Indian journal of veterinary science and animal husbandry - Volumes 22-23, 1952-1953
Year: 1952
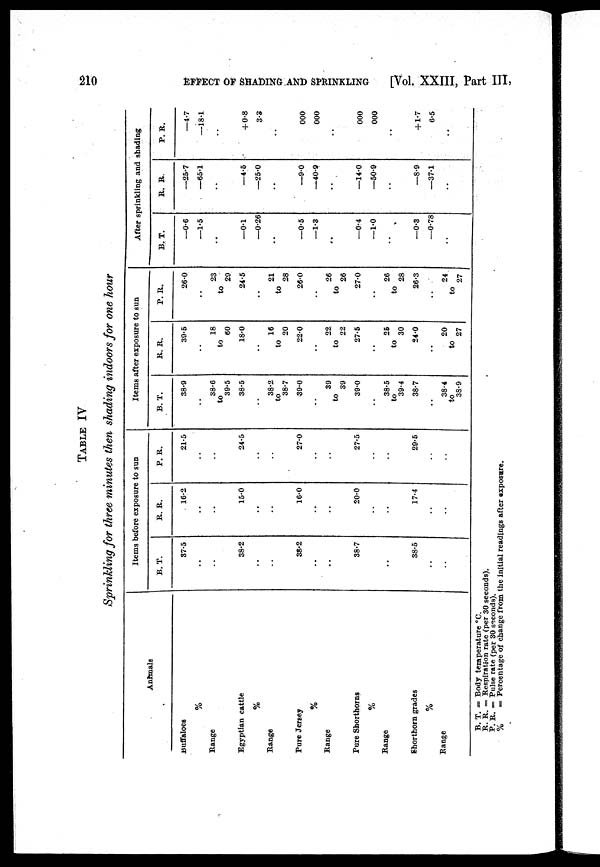
210
EFFECT OF SHADING AND SPRINKLING
[Vol. XXIII, Part III,
TABLE IV
Sprinkling for three minutes then shading indoors for one hour
Animals
Buffaloes
%
Range
Egyptian cattle
%
Range
Pure Jersey
%
Range
Pure Shorthorns
%
Range
Shorthorn grades
%
Range
Items before exposure to sun
B. T.
37.5
..
..
38.2
..
..
38.2
..
..
38.7
...
..
38.5
..
..
R. R.
16.2
..
..
15.0
..
..
16.0
..
..
20.0
..
..
17.4
..
..
P. R.
21.5
..
..
24.5
..
..
27.0
..
..
27.5
..
..
29.5
..
..
Items after exposure to sun
B. T.
38.9
..
38.6
to
39.5
38.5
..
38.2
to
38.7
39.0
..
39
to
39
39.0
..
38.5
to
39.4
38.7
..
38.4
to
38.9
R. R.
39.5
..
18
to
60
18.0
..
16
to
20
22.0
..
22
to
22
27.5
..
26
to
30
24.0
..
20
to
27
P. R.
26.0
..
23
to
29
24.5
..
21
to
28
26.0
..
26
to
26
27.0
..
26
to
28
26.3
..
24
to
27
After sprinkling and shading
B. T.
—0.6
—1.5
—0.1
—0.26
..
—0.5
—1.3
..
—0.4
—1.0
..
—0.3
—0.78
..
R. R.
—25.7
—65.1
—4.5
—25.0
..
—9.0
—40.9
..
—14.0
—50.9
..
—8.9
—37.1
..
P. R.
—4.7
—18.1
+ 0.8
3.8
..
000
000
..
000
000
..
+ 1.7
6.5
..
B. T. = Body temperature °C.
R. R. = Respiration rate (per 30 seconds).
P. R. = Pulse rate (per 30 seconds).
%
= Percentage of change from the initial readings after exposure.